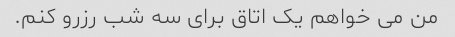
من می خواهم یک اتاق برای سه شب رزرو کنم.